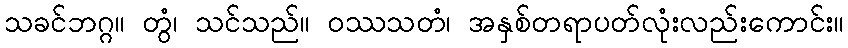
သခင်ဘဂ္ဂ။ တွံ၊ သင်သည်။ ဝဿသတံ၊ အနှစ်တရာပတ်လုံးလည်းကောင်း။